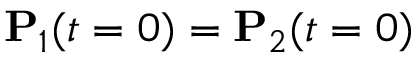
\mathbf P _ { 1 } ( t = 0 ) = \mathbf P _ { 2 } ( t = 0 )